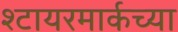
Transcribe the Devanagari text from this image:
श्टायरमार्कच्या